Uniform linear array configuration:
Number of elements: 4
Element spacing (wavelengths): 0.75
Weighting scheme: hann
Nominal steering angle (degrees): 15
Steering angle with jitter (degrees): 14.99
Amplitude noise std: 0.05
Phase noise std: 0.05

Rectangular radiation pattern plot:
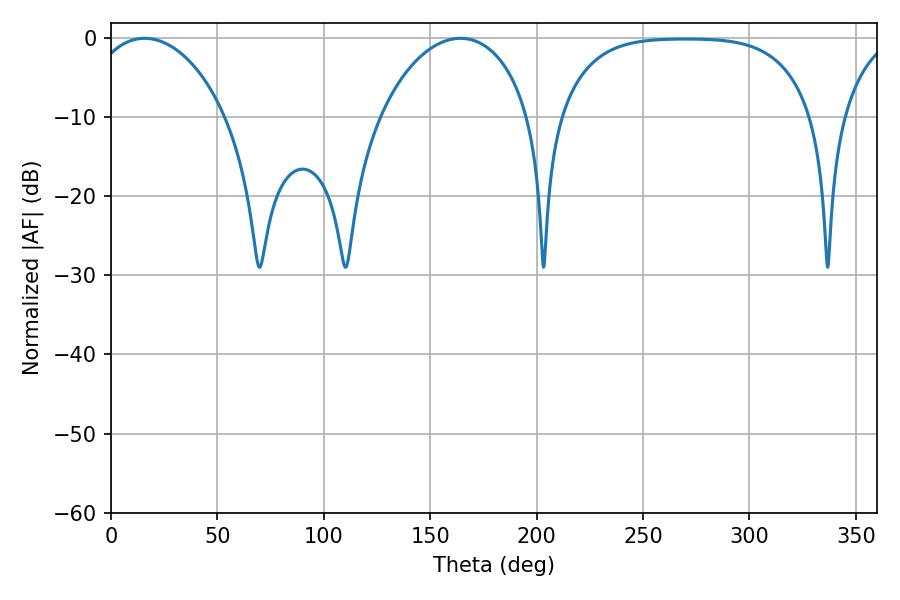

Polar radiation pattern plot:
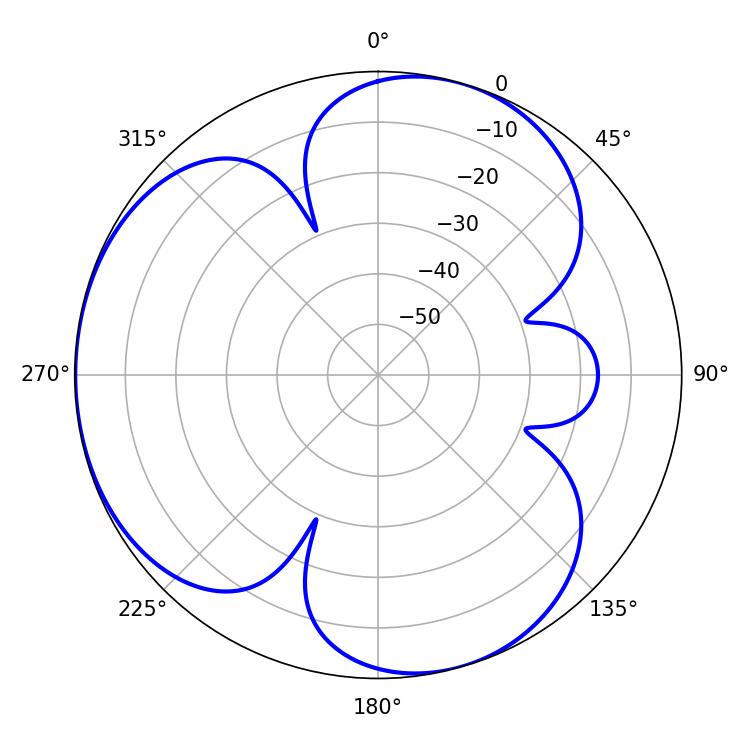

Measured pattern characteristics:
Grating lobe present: TRUE
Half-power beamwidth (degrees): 37.08
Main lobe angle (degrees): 15.84